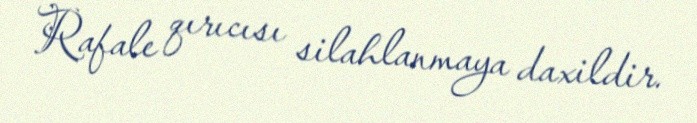
Rafale qırıcısı silahlanmaya daxildir.